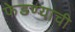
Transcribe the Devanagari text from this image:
फेडण्याची